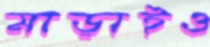
মাড়াইও